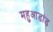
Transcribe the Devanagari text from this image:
महुआडांड़